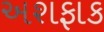
અશફાક